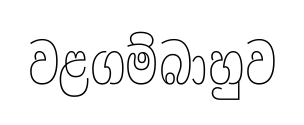
වළගම්බාහුව